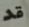
قد